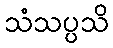
သံသပ္ပသိ